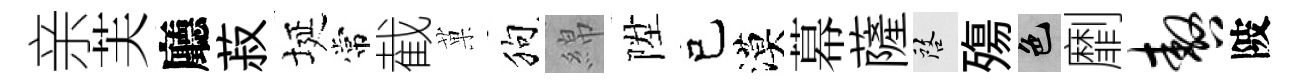
亲芙廳菽埏常截菓狗綿陞己漠幕薩啓殤色劘嗷陂